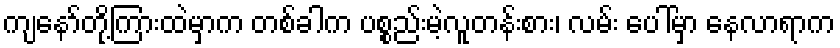
ကျနော်တို့ကြားထဲမှာက တစ်ခါက ပစ္စည်းမဲ့လူတန်းစား၊ လမ်း ပေါ်မှာ နေလာရာက